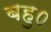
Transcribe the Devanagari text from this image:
बहु०